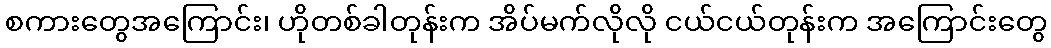
စကားတွေအကြောင်း၊ ဟိုတစ်ခါတုန်းက အိပ်မက်လိုလို ငယ်ငယ်တုန်းက အကြောင်းတွေ